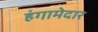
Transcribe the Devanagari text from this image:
हंगामेदार